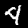
Digit: 4